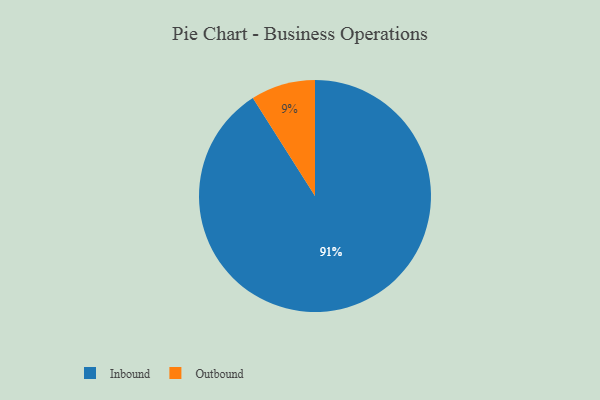
{"axis": {"x": "Category", "y": "Percentage"}, "legend": ["Inbound", "Outbound"], "data": [{"x": "Inbound", "y": 91, "type": "Inbound"}, {"x": "Outbound", "y": 9, "type": "Outbound"}]}